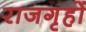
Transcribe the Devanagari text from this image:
राजगृहों